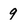
Character: 9